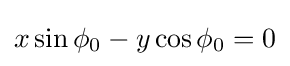
x\sin \phi _{0}-y\cos \phi _{0}=0